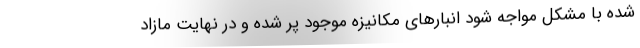
شده با مشکل مواجه شود انبارهای مکانیزه موجود پر شده و در نهایت مازاد